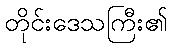
တိုင်းဒေသကြီး၏